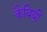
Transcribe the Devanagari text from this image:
कैथियीं